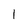
Character: l